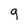
Character: q